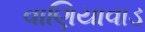
વાણિયાવાડ